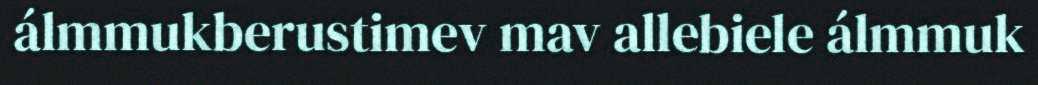
álmmukberustimev mav allebiele álmmuk